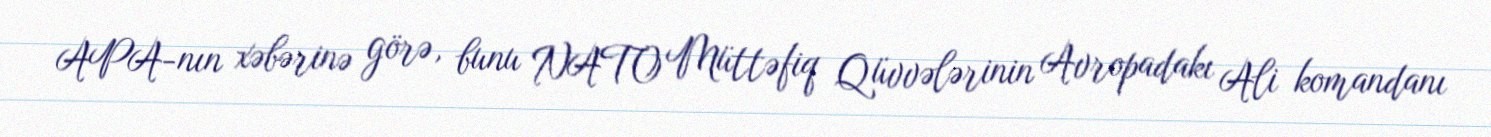
APA-nın xəbərinə görə, bunu NATO Müttəfiq Qüvvələrinin Avropadakı Ali komandanı